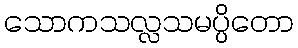
သောကသလ္လသမပ္ပိတော